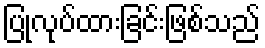
ပြုလုပ်ထားခြင်းဖြစ်သည်